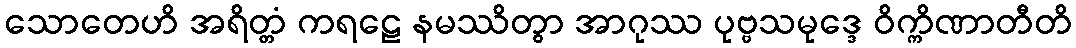
သောတေဟိ အရိတ္တံ ကရဠေ နမဿိတွာ အာဂုဿ ပုဗ္ဗသမုဒ္ဒေ ဝိက္ကိဏာတီတိ